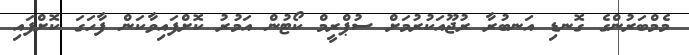
މެމްބަރުންގެ ގޮނޑި އަނބުރާ ރުޖޫއަކުރުމަށް ސުޕްރީމް ކޯޓުން އަމުރު ކޮށްފައިވާކަން ފާހަގަ ކޮށްފައި